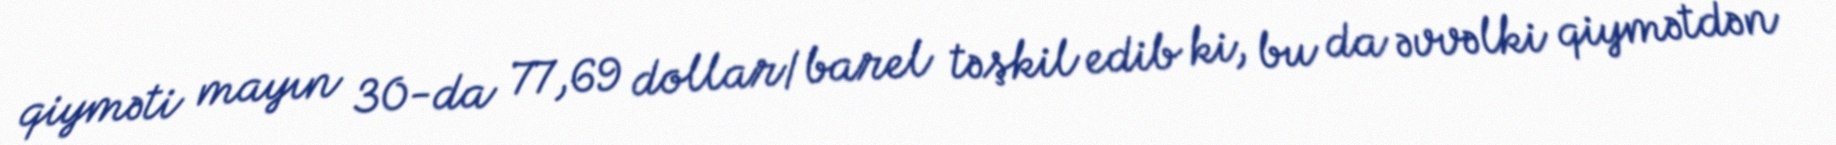
qiyməti mayın 30-da 77,69 dollar/barel təşkil edib ki, bu da əvvəlki qiymətdən